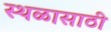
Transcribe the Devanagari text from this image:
स्थळासाठी